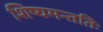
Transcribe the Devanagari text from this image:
शिष्यमन्ततिः